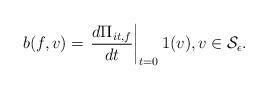
\begin{align*}b(f, v) = \left. \frac{ d \Pi_{it,f} }{ dt } \right|_{t=0} 1(v), v \in \mathcal{S}_{\epsilon}. \end{align*}